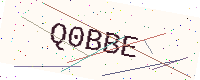
Text: Q0BBE